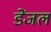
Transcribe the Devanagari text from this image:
डेंजल